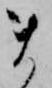
ま